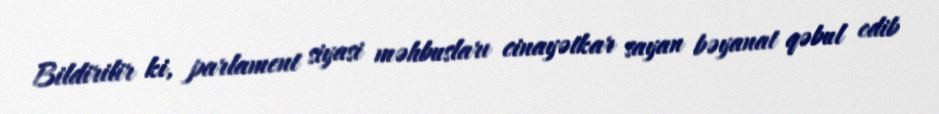
Bildirilir ki, parlament siyasi məhbusları cinayətkar sayan bəyanat qəbul edib